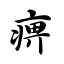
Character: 痹